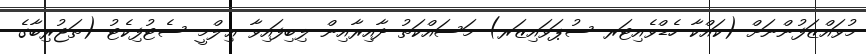
މުވައްޒަފުންނަށް (ކައްކާ ހެޑްވެއިޓަރ ސުޕަވައިޒަރ) މަސައްކަތު ދާއިރާއިން ލިބިފައިވާ ޢިލްމީ ސެޓުފިކެޓު (ތަޖުރިބާގެ